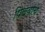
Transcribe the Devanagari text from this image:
पिलवांचे